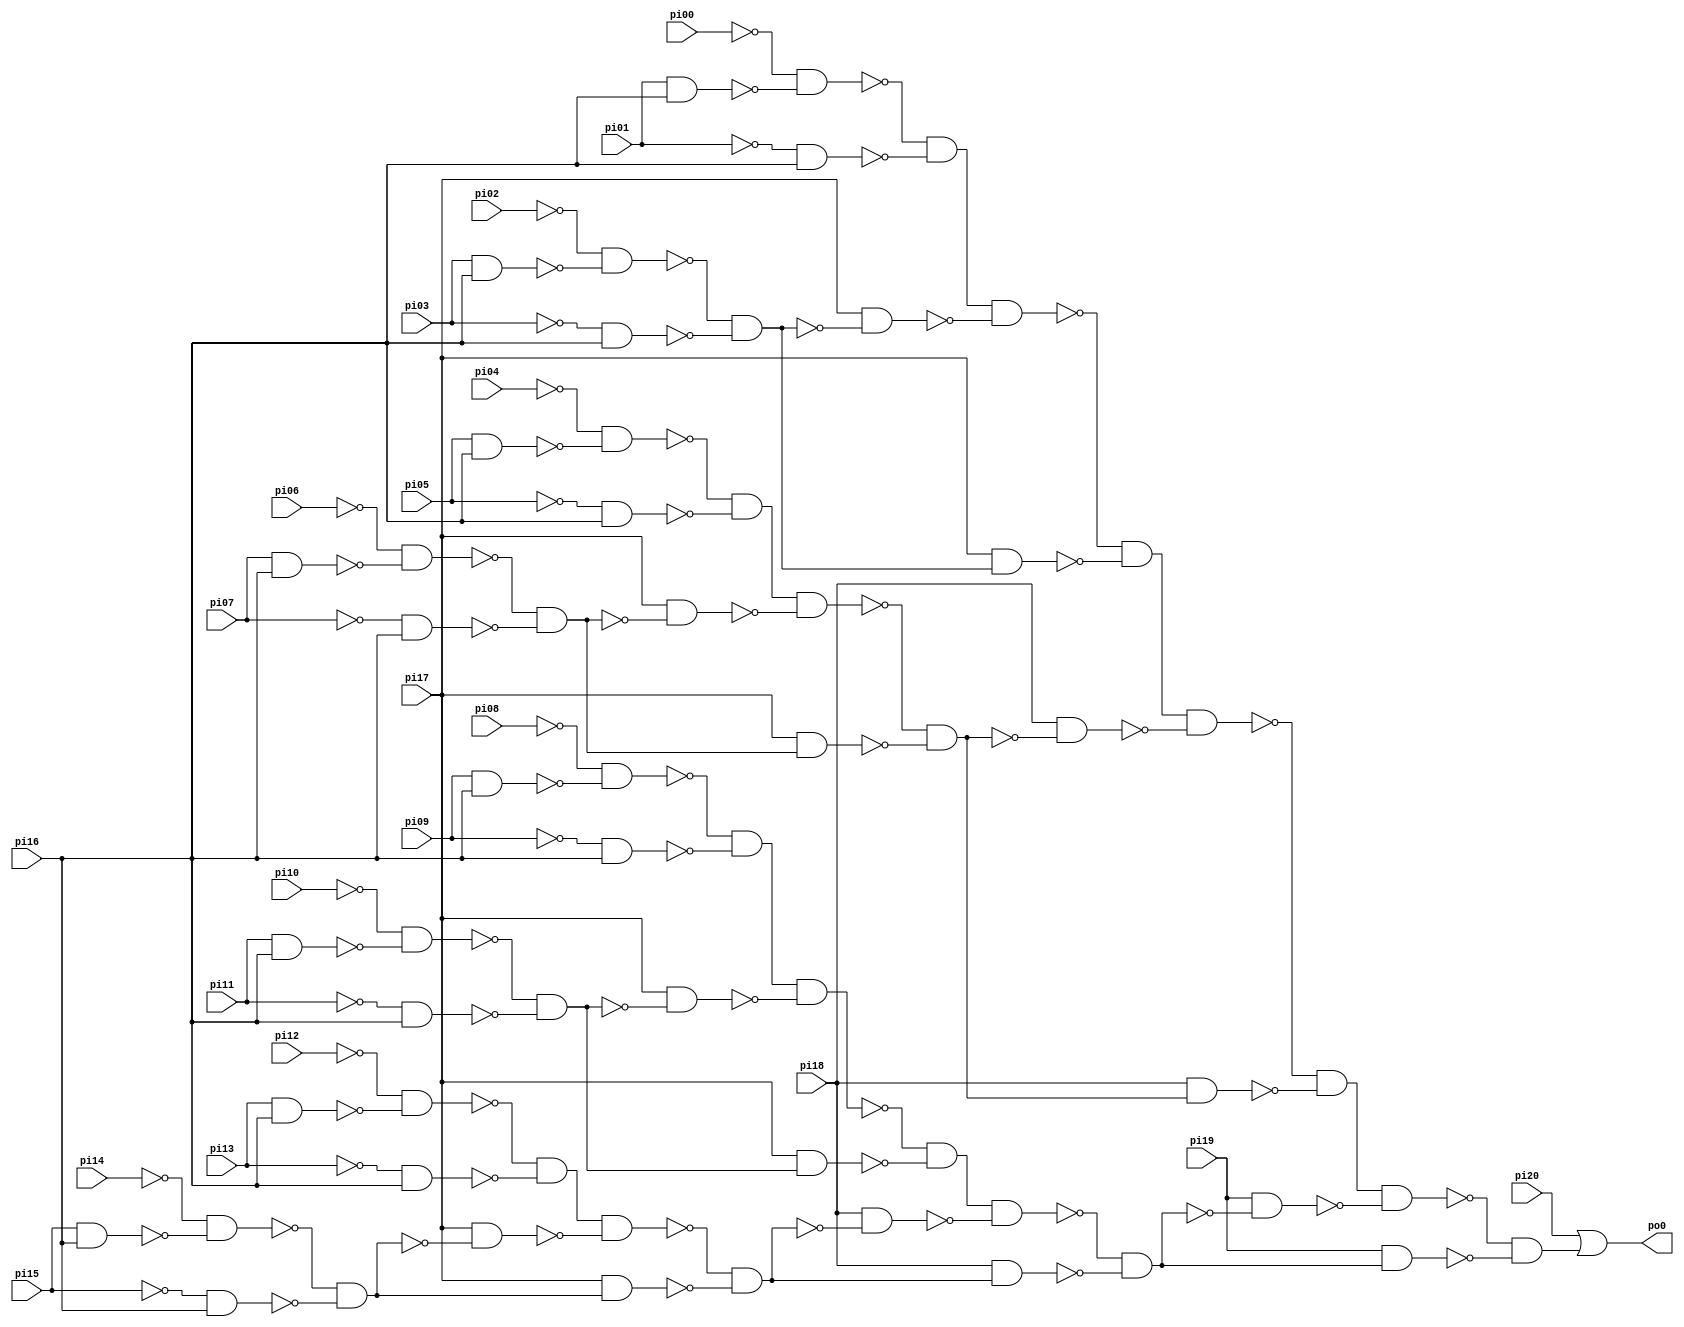
// Benchmark "CM150" written by ABC on Sun Apr 22 21:43:00 2018

module CM150 ( 
    pi00, pi01, pi02, pi03, pi04, pi05, pi06, pi07, pi08, pi09, pi10, pi11,
    pi12, pi13, pi14, pi15, pi16, pi17, pi18, pi19, pi20,
    po0  );
  input  pi00, pi01, pi02, pi03, pi04, pi05, pi06, pi07, pi08, pi09,
    pi10, pi11, pi12, pi13, pi14, pi15, pi16, pi17, pi18, pi19, pi20;
  output po0;
  wire n23, n24, n25, n26, n27, n28, n29, n30, n31, n32, n33, n34, n35, n36,
    n37, n38, n39, n40, n41, n42, n43, n44, n45, n46, n47, n48, n49, n50,
    n51, n52, n53, n54, n55, n56, n57, n58, n59, n60, n61, n62, n63, n64,
    n65, n66, n67, n68, n69, n70, n71, n72, n73, n74, n75, n76, n77, n78,
    n79, n80, n81, n82;
  assign n23 = pi01 & pi16;
  assign n24 = ~pi00 & ~n23;
  assign n25 = ~pi01 & pi16;
  assign n26 = ~n24 & ~n25;
  assign n27 = pi03 & pi16;
  assign n28 = ~pi02 & ~n27;
  assign n29 = ~pi03 & pi16;
  assign n30 = ~n28 & ~n29;
  assign n31 = pi17 & ~n30;
  assign n32 = n26 & ~n31;
  assign n33 = pi17 & n30;
  assign n34 = ~n32 & ~n33;
  assign n35 = pi05 & pi16;
  assign n36 = ~pi04 & ~n35;
  assign n37 = ~pi05 & pi16;
  assign n38 = ~n36 & ~n37;
  assign n39 = pi07 & pi16;
  assign n40 = ~pi06 & ~n39;
  assign n41 = ~pi07 & pi16;
  assign n42 = ~n40 & ~n41;
  assign n43 = pi17 & ~n42;
  assign n44 = n38 & ~n43;
  assign n45 = pi17 & n42;
  assign n46 = ~n44 & ~n45;
  assign n47 = pi18 & ~n46;
  assign n48 = n34 & ~n47;
  assign n49 = pi18 & n46;
  assign n50 = ~n48 & ~n49;
  assign n51 = pi09 & pi16;
  assign n52 = ~pi08 & ~n51;
  assign n53 = ~pi09 & pi16;
  assign n54 = ~n52 & ~n53;
  assign n55 = pi11 & pi16;
  assign n56 = ~pi10 & ~n55;
  assign n57 = ~pi11 & pi16;
  assign n58 = ~n56 & ~n57;
  assign n59 = pi17 & ~n58;
  assign n60 = n54 & ~n59;
  assign n61 = pi17 & n58;
  assign n62 = ~n60 & ~n61;
  assign n63 = pi13 & pi16;
  assign n64 = ~pi12 & ~n63;
  assign n65 = ~pi13 & pi16;
  assign n66 = ~n64 & ~n65;
  assign n67 = pi15 & pi16;
  assign n68 = ~pi14 & ~n67;
  assign n69 = ~pi15 & pi16;
  assign n70 = ~n68 & ~n69;
  assign n71 = pi17 & ~n70;
  assign n72 = n66 & ~n71;
  assign n73 = pi17 & n70;
  assign n74 = ~n72 & ~n73;
  assign n75 = pi18 & ~n74;
  assign n76 = n62 & ~n75;
  assign n77 = pi18 & n74;
  assign n78 = ~n76 & ~n77;
  assign n79 = pi19 & ~n78;
  assign n80 = n50 & ~n79;
  assign n81 = pi19 & n78;
  assign n82 = ~n80 & ~n81;
  assign po0 = pi20 | n82;
endmodule